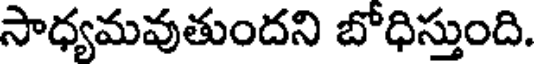
సాధ్యమవుతుందని బోధిస్తుంది.